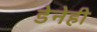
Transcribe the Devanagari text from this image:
डेनेही